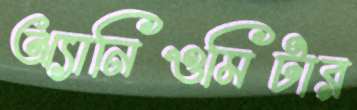
অ্যানিওমিটার